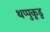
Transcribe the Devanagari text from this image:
थप्पुकूडु